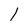
Character: l